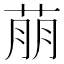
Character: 萠